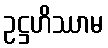
ဥဋ္ဌဟိဿာမ